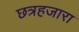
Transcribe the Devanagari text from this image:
छत्रहजारा